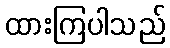
ထားကြပါသည်